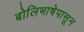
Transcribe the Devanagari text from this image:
बोलिभाषेपासून